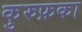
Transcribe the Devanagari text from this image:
कुरुफ़का